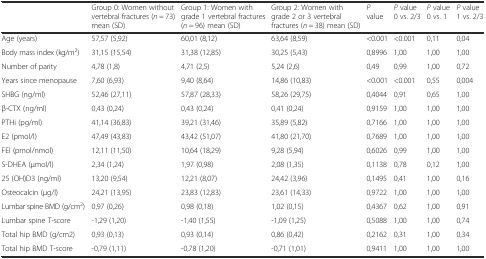
<table><thead><tr><td></td><td><b>Group 0: Women without vertebral fractures (<i>n</i> = 73) mean (SD)</b></td><td><b>Group 1: Women with grade 1 vertebral fractures (<i>n</i> = 96) mean (SD)</b></td><td><b>Group 2: Women with grade 2 or 3 vertebral fractures (<i>n</i> = 38) mean (SD)</b></td><td><b><i>P</i> value</b></td><td><b><i>P</i> value 0 vs. 2/3</b></td><td><b><i>P</i> value 0 vs. 1</b></td><td><b><i>P</i> value 1 vs. 2/3</b></td></tr></thead><tbody><tr><td>Age (years)</td><td>57,57 (5,92)</td><td>60,01 (8,12)</td><td>63,64 (8,59)</td><td>&lt;0.001</td><td>&lt;0.001</td><td>0,11</td><td>0,04</td></tr><tr><td>Body mass index (kg/m<sup>2</sup>)</td><td>31,15 (15,54)</td><td>31,38 (12,85)</td><td>30,25 (5,43)</td><td>0,8996</td><td>1,00</td><td>1,00</td><td>1,00</td></tr><tr><td>Number of parity</td><td>4,78 (1,8)</td><td>4,71 (2,5)</td><td>5,24 (2,6)</td><td>0,49</td><td>0,99</td><td>1,00</td><td>0,72</td></tr><tr><td>Years since menopause</td><td>7,60 (6,93)</td><td>9,40 (8,64)</td><td>14,86 (10,83)</td><td>&lt;0.001</td><td>&lt;0.001</td><td>0,55</td><td>0,004</td></tr><tr><td>SHBG (ng/ml)</td><td>52,46 (27,11)</td><td>57,87 (28,33)</td><td>58,26 (29,75)</td><td>0,4044</td><td>0,91</td><td>0,65</td><td>1,00</td></tr><tr><td>β-CTX (ng/ml)</td><td>0,43 (0,24)</td><td>0,43 (0,24)</td><td>0,41 (0,24)</td><td>0,9159</td><td>1,00</td><td>1,00</td><td>1,00</td></tr><tr><td>PTHi (pg/ml)</td><td>41,14 (36,83)</td><td>39,21 (31,46)</td><td>35,89 (5,82)</td><td>0,7166</td><td>1,00</td><td>1,00</td><td>1,00</td></tr><tr><td>E2 (pmol/l)</td><td>47,49 (43,83)</td><td>43,42 (51,07)</td><td>41,80 (21,70)</td><td>0,7689</td><td>1,00</td><td>1,00</td><td>1,00</td></tr><tr><td>FEI (pmol/nmol)</td><td>12,11 (11,50)</td><td>10,64 (18,29)</td><td>9,28 (5,94)</td><td>0,6026</td><td>0,99</td><td>1,00</td><td>1,00</td></tr><tr><td>S-DHEA (μmol/l)</td><td>2,34 (1,24)</td><td>1,97 (0,98)</td><td>2,08 (1,35)</td><td>0,1138</td><td>0,78</td><td>0,12</td><td>1,00</td></tr><tr><td>25 (OH)D3 (ng/ml)</td><td>13,20 (9,54)</td><td>12,21 (8,07)</td><td>24,42 (3,96)</td><td>0,1495</td><td>0,41</td><td>1,00</td><td>0,16</td></tr><tr><td>Osteocalcin (μg/l)</td><td>24,21 (13,95)</td><td>23,83 (12,83)</td><td>23,61 (14,33)</td><td>0,9722</td><td>1,00</td><td>1,00</td><td>1,00</td></tr><tr><td>Lumbar spine BMD (g/cm<sup>2</sup>)</td><td>0,97 (0,26)</td><td>0,98 (0,18)</td><td>1,02 (0,15)</td><td>0,4367</td><td>0,62</td><td>1,00</td><td>0,91</td></tr><tr><td>Lumbar spine T-score</td><td>-1,29 (1,20)</td><td>-1,40 (1,55)</td><td>-1,09 (1,25)</td><td>0,5088</td><td>1,00</td><td>1,00</td><td>0,74</td></tr><tr><td>Total hip BMD (g/cm2)</td><td>0,93 (0,13)</td><td>0,93 (0,14)</td><td>0,86 (0,42)</td><td>0,2162</td><td>0,31</td><td>1,00</td><td>0,34</td></tr><tr><td>Total hip BMD T-score</td><td>-0,79 (1,11)</td><td>-0,78 (1,20)</td><td>-0,71 (1,01)</td><td>0,9411</td><td>1,00</td><td>1,00</td><td>1,00</td></tr></tbody></table>